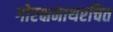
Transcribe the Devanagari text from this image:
गोरक्षनाथरचित